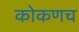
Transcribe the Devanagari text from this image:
कोकणच